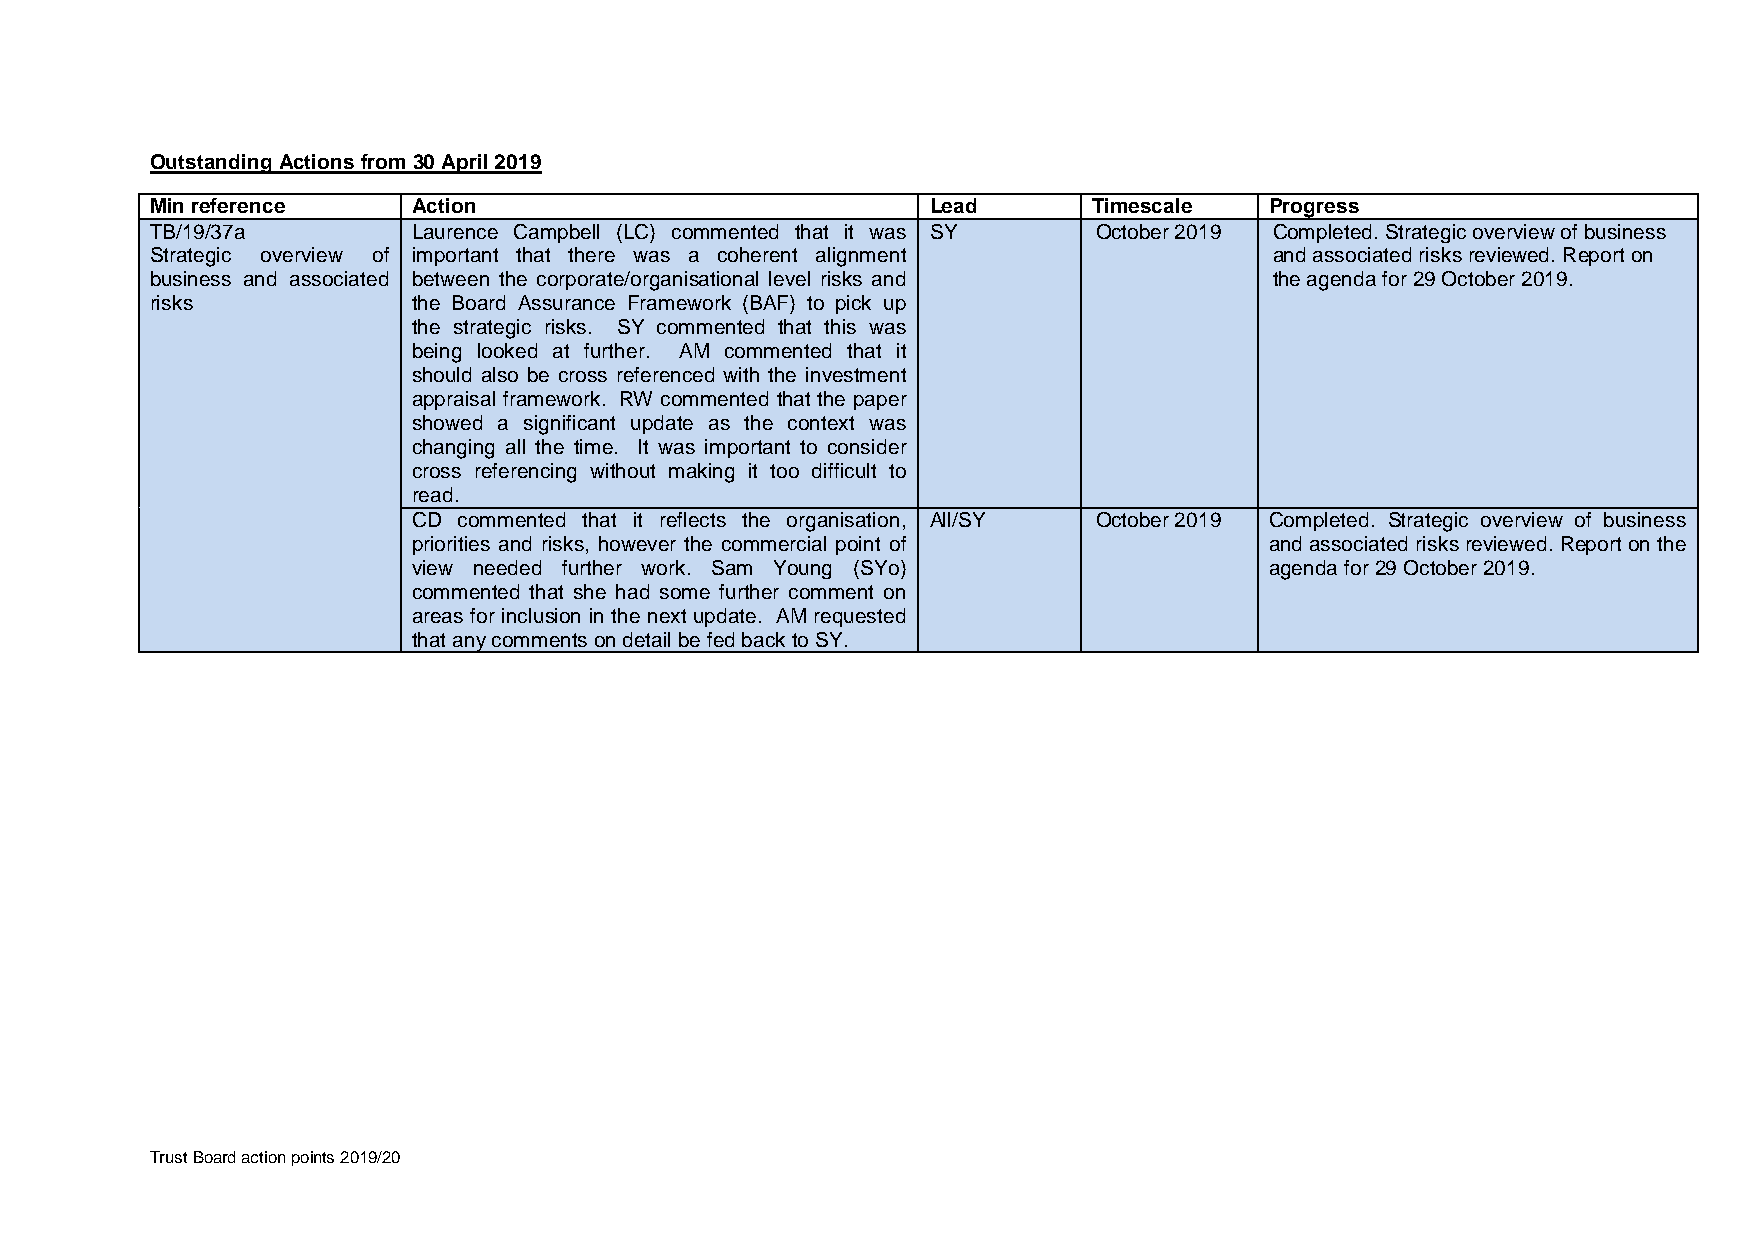
Outstanding Actions from 30 April 2019
 Min reference    Action                             Lead      Timescale   Progress
 TB/19/37a        Laurence Campbell (LC) commented that it was SY October 2019 Completed. Strategic overview of business
 Strategic overview of important that there was a coherent alignment       and associated risks reviewed. Report on
 business and associated between the corporate/organisational level risks and the agenda for 29 October 2019.
 risks            the Board Assurance Framework (BAF) to pick up
 the strategic risks. SY commented that this was
 being looked at further. AM commented that it
 should also be cross referenced with the investment
 appraisal framework. RW commented that the paper
 showed a significant update as the context was
 changing all the time. It was important to consider
 cross referencing without making it too difficult to
 read.
 CD commented that it reflects the organisation, All/SY October 2019 Completed. Strategic overview of business
 priorities and risks, however the commercial point of    and associated risks reviewed. Report on the
 view needed further work. Sam Young (SYo)                agenda for 29 October 2019.
 commented that she had some further comment on
 areas for inclusion in the next update. AM requested
 that any comments on detail be fed back to SY.
 Trust Board action points 2019/20